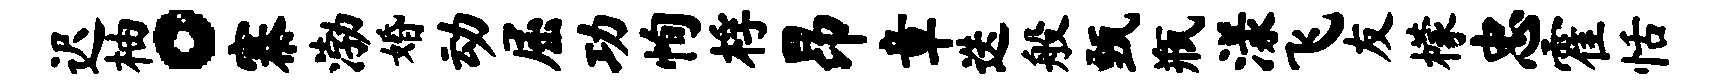
迟柚。寨渤婚动屈功恂桴昂章迭般甄瓶漾飞友檬忠霍恬